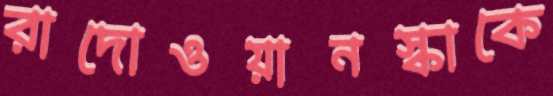
রাদোওয়ানস্কাকে